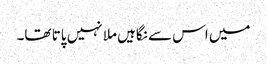
میں اس سے نگاہیں ملا نہیں پاتا تھا۔